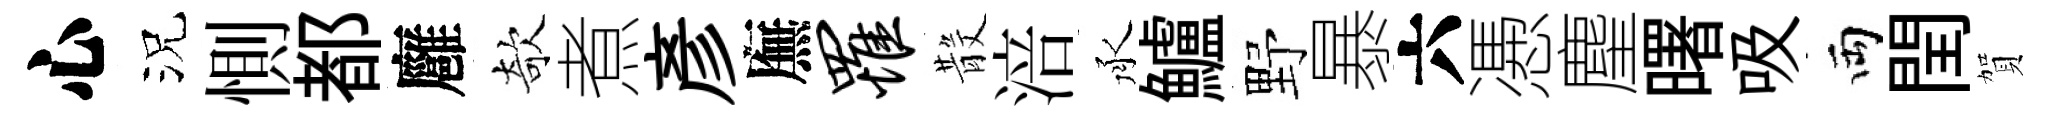
心況惻都廱欹煮彦廡罹𣪚涪承鱸野暴六慿麈曙吸両閏賀